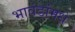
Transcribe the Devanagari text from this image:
भावंडांमधे